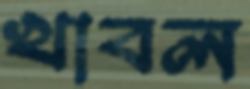
খাবল